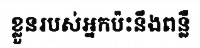
ខ្លួនរបស់អ្នកប៉ះនឹងពន្លឺ